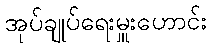
အုပ်ချုပ်ရေးမှူးဟောင်း